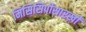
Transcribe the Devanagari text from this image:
मिसिसिपीसारखी